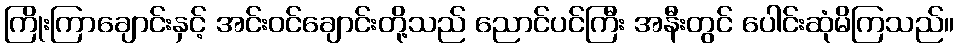
ကြိုးကြာချောင်းနှင့် အင်းဝင်ချောင်းတို့သည် ညောင်ပင်ကြီး အနီးတွင် ပေါင်းဆုံမိကြသည်။